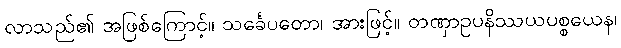
လာသည်၏ အဖြစ်ကြောင့်။ သင်္ခေပတော၊ အားဖြင့်။ တဏှာဥပနိဿယပစ္စယေန၊